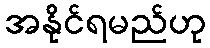
အနိုင်ရမည်ဟု